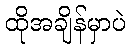
ထိုအချိန်မှာပဲ